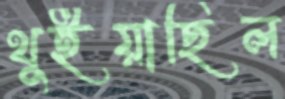
থুইয়াছিল